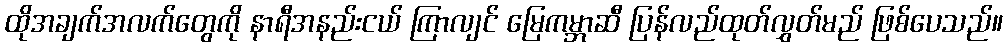
ထိုအချက်အလက်တွေကို နာရီအနည်းငယ် ကြာလျင် မြေကမ္ဘာဆီ ပြန်လည်ထုတ်လွှတ်မည် ဖြစ်ပေသည်။